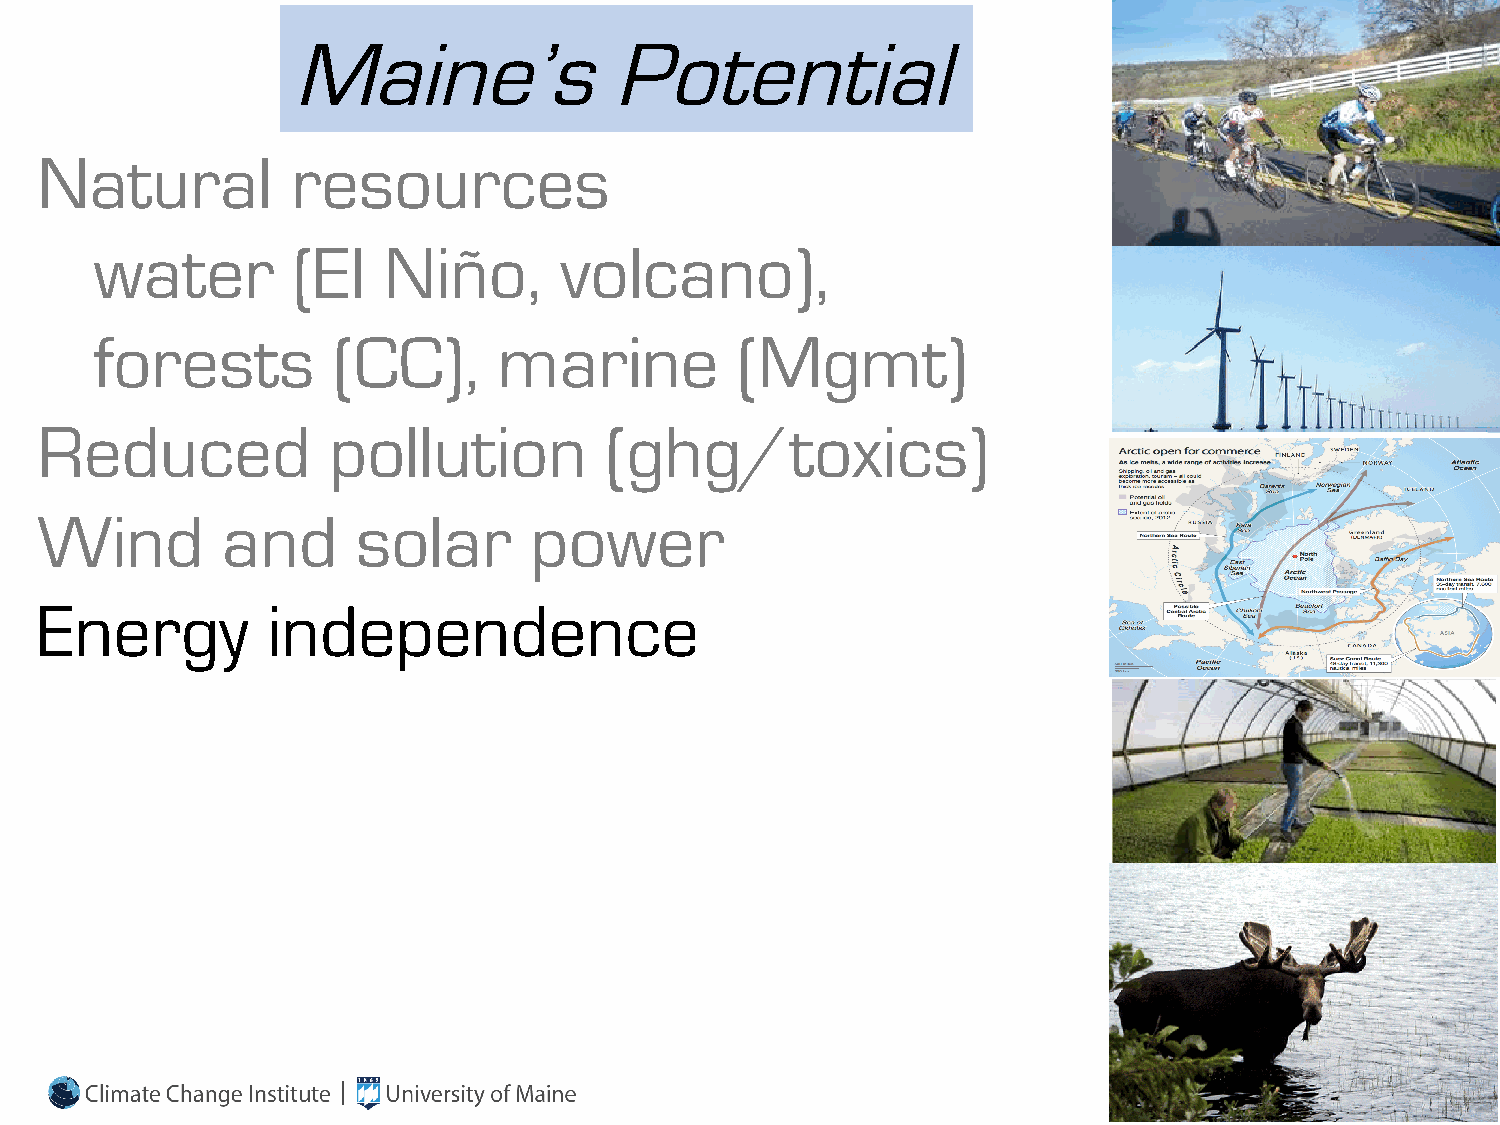
Maine’s              Potential
 Natural          resources
 water        (El   Niño,       volcano),
 forests         (CC),      marine          (Mgmt)
 Reduced             pollution         (ghg/toxics)
 Wind         and      solar      power
 Energy          independence